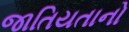
જાતિયતાનો